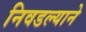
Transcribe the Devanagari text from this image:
निवडल्याने